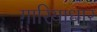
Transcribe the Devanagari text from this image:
गारियाधार